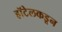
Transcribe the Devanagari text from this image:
हॉटेलकडून